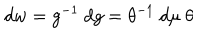
LaTeX: d w = g ^ { - 1 } ~ d g = \theta ^ { - 1 } ~ d \mu ~ \theta